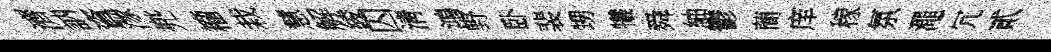
濟訥資潈兠籕栽慧解綾囚淸鴻野卧裴甥犧舜紬鬱蕳庠稼氛澠冗貳